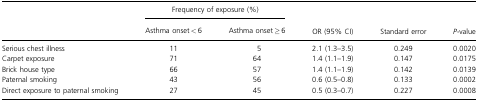
<table><thead><tr><td></td><td colspan="2"><b>Frequency of exposure (%)</b></td><td rowspan="2"><b>OR (95% CI)</b></td><td rowspan="2"><b>Standard error</b></td><td rowspan="2"><b><i>P</i>-value</b></td></tr><tr><td></td><td><b>Asthma onset &lt; 6</b></td><td><b>Asthma onset ≥ 6</b></td></tr></thead><tbody><tr><td>Serious chest illness</td><td>11</td><td>5</td><td>2.1 (1.3–3.5)</td><td>0.249</td><td>0.0020</td></tr><tr><td>Carpet exposure</td><td>71</td><td>64</td><td>1.4 (1.1–1.9)</td><td>0.147</td><td>0.0175</td></tr><tr><td>Brick house type</td><td>66</td><td>57</td><td>1.4 (1.1–1.9)</td><td>0.142</td><td>0.0139</td></tr><tr><td>Paternal smoking</td><td>43</td><td>56</td><td>0.6 (0.5–0.8)</td><td>0.133</td><td>0.0002</td></tr><tr><td>Direct exposure to paternal smoking</td><td>27</td><td>45</td><td>0.5 (0.3–0.7)</td><td>0.227</td><td>0.0008</td></tr></tbody></table>